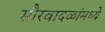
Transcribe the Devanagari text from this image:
सौरवादळांमध्ये